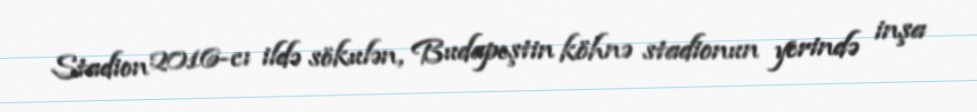
Stadion 2016-cı ildə sökulən, Budapeştin köhnə stadionun yerində inşa